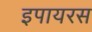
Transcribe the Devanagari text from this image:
इपायरस